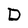
Character: D